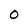
Character: O